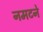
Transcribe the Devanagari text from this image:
नमटने